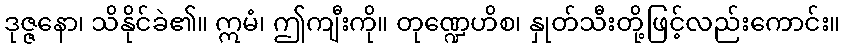
ဒုဇ္ဇနော၊ သိနိုင်ခဲ၏။ ဣမံ၊ ဤကျီးကို။ တုဏ္ဍေဟိစ၊ နှုတ်သီးတို့ဖြင့်လည်းကောင်း။